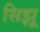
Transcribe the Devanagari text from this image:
सिझू